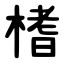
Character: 榰